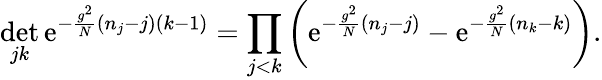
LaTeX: \operatorname*{det}_{jk}\mathrm{e}^{-\frac{g^{2}}{N}(n_{j}-j)(k-1)}=\prod_{j<k}\left(\mathrm{e}^{-\frac{g^{2}}{N}(n_{j}-j)}-\mathrm{e}^{-\frac{g^{2}}{N}(n_{k}-k)}\right).